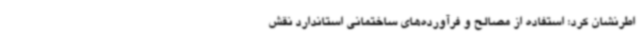
اطرنشان کرد: استفاده از مصالح و فرآورده‌های ساختمانی استاندارد نقش